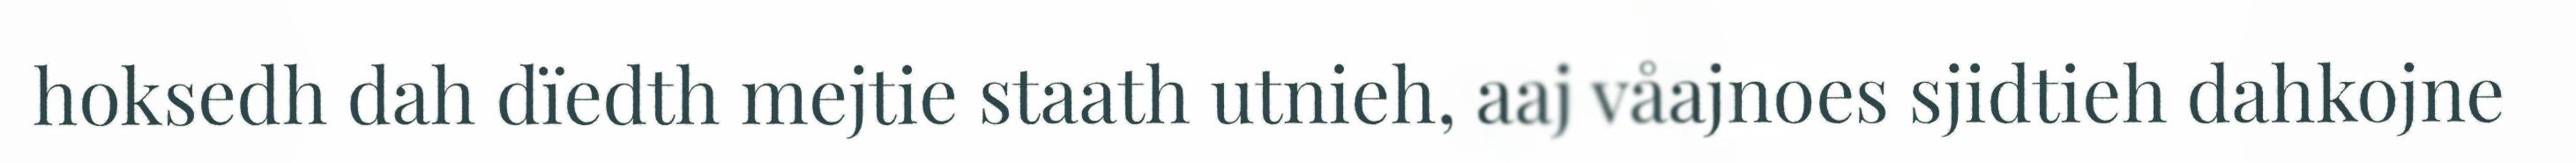
hoksedh dah dïedth mejtie staath utnieh, aaj våajnoes sjidtieh dahkojne